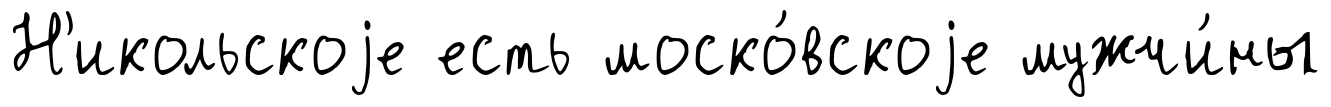
Н'икольскоjе есть моско́вскоjе мужчи́ны